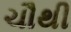
ચૌથી